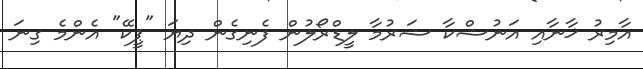
އާމިރު ޚާނާއި އަނުޝްކާ ޝަރުމާ ލީޑްރޯލުން ފެނިގެން ދިޔަ "ޕީކޭ" އެންމެ ގިނަ